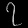
Digit: ၇